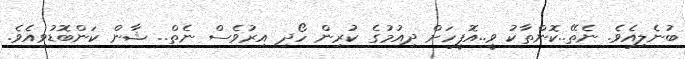
ބުނެލިއެވެ. ނެތޭ..ކޮންތާކު ވީ..އޮފީހަށް ދިއުމުގެ ކުރިން ހޯދި އިރުވެސް ނެތް.. ޝާން ކަންބޮޑުވިއެވެ.